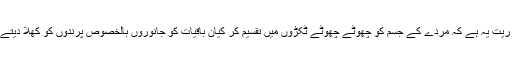
ایک ریت یہ ہے کہ مردے کے جسم کو چھوٹے چھوٹے ٹکڑوں میں تقسیم کر کیان باقیات کو جانوروں بالخصوص پرندوں کو کھلا دیتے ہیں۔